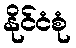
နိုင်ငံစုံ